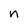
Character: n